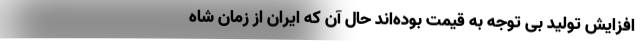
افزایش تولید بی توجه به قیمت بوده‌اند حال آن که ایران از زمان شاه